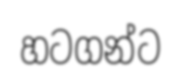
හටගන්ට